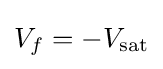
V_{f}=-V_{\text{sat}}